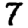
Digit: 7